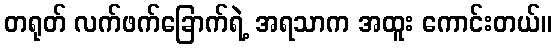
တရုတ် လက်ဖက်ခြောက်ရဲ့ အရသာက အထူး ကောင်းတယ်။